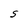
Character: S